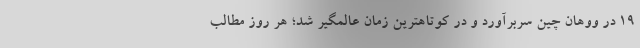
19 در ووهان چین سربرآورد و در کوتاهترین زمان عالمگیر شد؛ هر روز مطالب